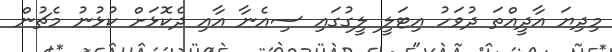
މިދިޔަ އާދީއްތަ ދުވަހު އިޓަލީ ލީގުގައި ސިއެނާ އާއި ދެކޮޅަށް ކުޅުނު މެޗުން